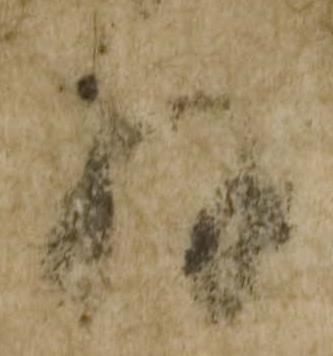
拝